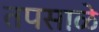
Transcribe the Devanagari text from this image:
तपसाळे